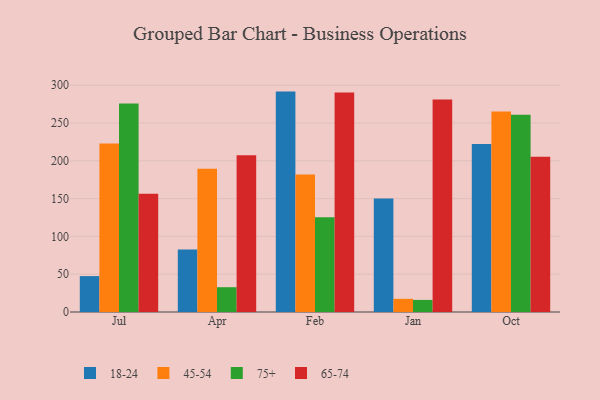
{"axis": {"x": "Month", "y": "Operating Costs (USD K)"}, "legend": ["18-24", "45-54", "65-74", "75+"], "data": [{"x": "Jul", "y": 47.5, "type": "18-24"}, {"x": "Jul", "y": 222.9, "type": "45-54"}, {"x": "Jul", "y": 275.7, "type": "75+"}, {"x": "Jul", "y": 156.4, "type": "65-74"}, {"x": "Apr", "y": 82.8, "type": "18-24"}, {"x": "Apr", "y": 189.4, "type": "45-54"}, {"x": "Apr", "y": 32.8, "type": "75+"}, {"x": "Apr", "y": 207.3, "type": "65-74"}, {"x": "Feb", "y": 291.6, "type": "18-24"}, {"x": "Feb", "y": 181.8, "type": "45-54"}, {"x": "Feb", "y": 125.2, "type": "75+"}, {"x": "Feb", "y": 290.3, "type": "65-74"}, {"x": "Jan", "y": 150.3, "type": "18-24"}, {"x": "Jan", "y": 17.4, "type": "45-54"}, {"x": "Jan", "y": 16.0, "type": "75+"}, {"x": "Jan", "y": 281.0, "type": "65-74"}, {"x": "Oct", "y": 222.4, "type": "18-24"}, {"x": "Oct", "y": 265.4, "type": "45-54"}, {"x": "Oct", "y": 261.1, "type": "75+"}, {"x": "Oct", "y": 205.4, "type": "65-74"}]}